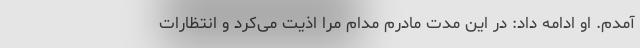
آمدم. او ادامه داد: در این مدت مادرم مدام مرا اذیت می‌کرد و انتظارات